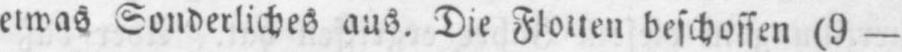
etwas Sonderliches aus. Die Flotten beschossen (9 -